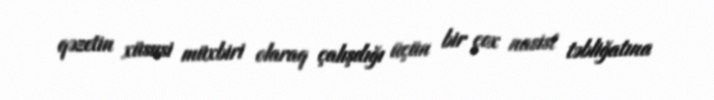
qəzetin xüsusi müxbiri olaraq çalışdığı üçün bir çox nasist təbliğatına